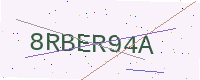
Text: 8RBER94A